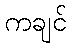
ကချင်